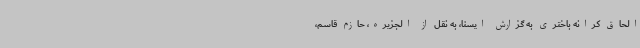
الحاق کرانه باختری به گزارش ایسنا، به نقل از الجزیره، حازم قاسم،